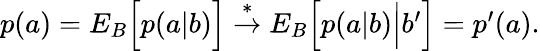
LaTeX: \begin{array}{r}{p(a)={E}_{B}\Big[p(a|b)\Big]\stackrel{*}{\rightarrow}{E}_{B}\Big[p(a|b)\Big|b^{\prime}\Big]=p^{\prime}(a).}\end{array}